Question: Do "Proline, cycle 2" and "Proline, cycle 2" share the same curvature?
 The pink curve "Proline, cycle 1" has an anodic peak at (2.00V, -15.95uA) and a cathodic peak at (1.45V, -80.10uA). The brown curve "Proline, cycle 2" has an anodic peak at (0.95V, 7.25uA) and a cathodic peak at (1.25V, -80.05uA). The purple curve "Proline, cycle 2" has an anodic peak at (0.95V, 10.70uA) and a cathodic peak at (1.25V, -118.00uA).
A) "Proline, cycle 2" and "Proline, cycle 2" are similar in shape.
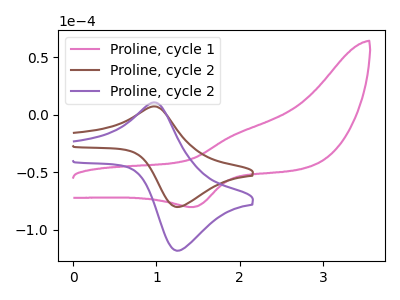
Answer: <think>All the peaks in "Proline, cycle 2" have a peak in "Proline, cycle 2" at the same potential. Every peak in "Proline, cycle 2" is lower than every peak in "Proline, cycle 2".
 </think>
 <answer>A) "Proline, cycle 2" and "Proline, cycle 2" are similar in shape.</answer>
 <eval>A</eval>